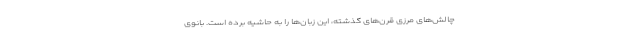
چالش‌های مرزی قرن‌های گذشته، این زبان‌ها را به حاشیه برده است. بانوی